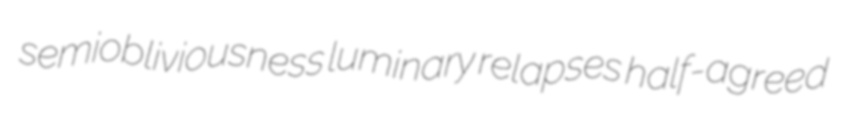
semiobliviousness luminary relapses half-agreed